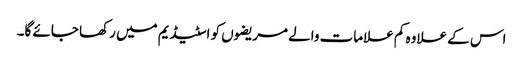
اس کے علاوہ کم علامات والے مریضوں کو اسٹیڈیم میں رکھا جائے گا۔